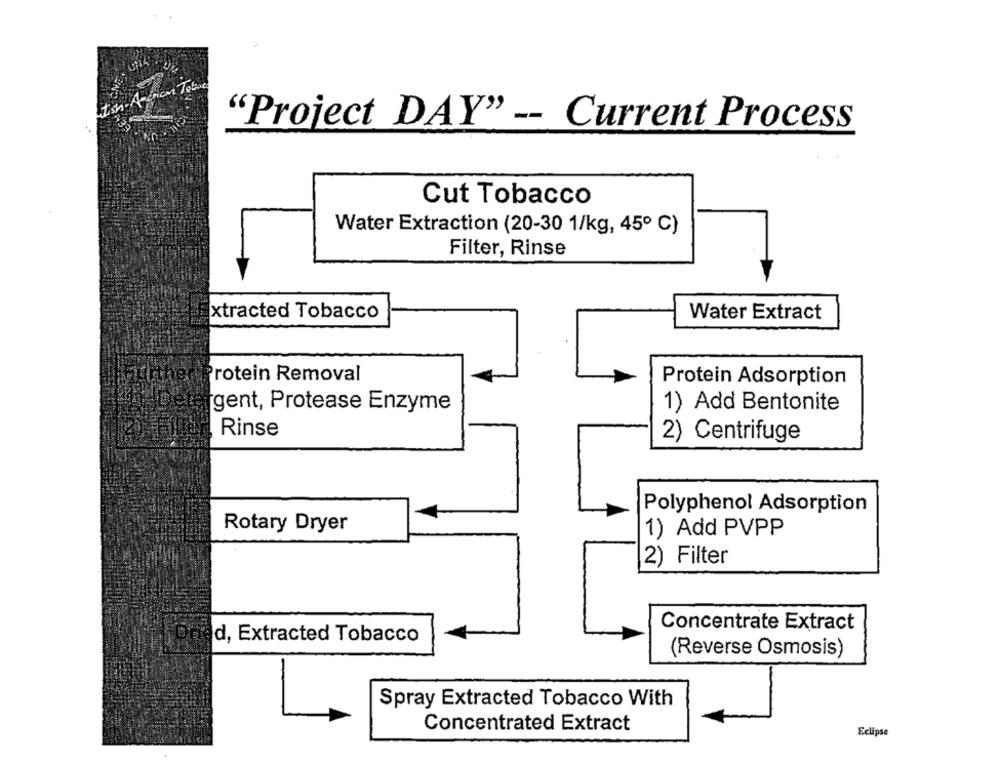
Litish- Accion Tabac
"Project DAY" -- Current Process
Cut Tobacco
Water Extraction (20-30 1/kg, 45º C)
Filter, Rinse
xtracted Tobacco
Water Extract
her
Protein Removal
Protein Adsorption
gent, Protease Enzyme
1) Add Bentonite
Rinse
2) Centrifuge
Polyphenol Adsorption
Rotary Dryer
1) Add PVPP
2) Filter
Concentrate Extract
d, Extracted Tobacco
(Reverse Osmosis)
Spray Extracted Tobacco With
Concentrated Extract
Eclipse